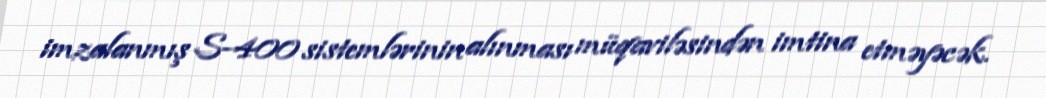
imzalanmış S-400 sistemlərinin alınması müqaviləsindən imtina etməyəcək.